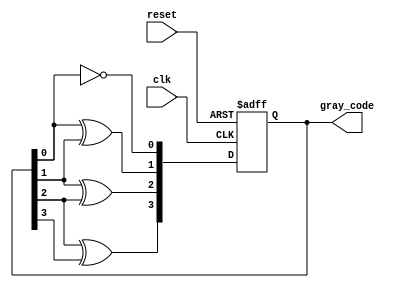
module gray_code_ring_counter(
    input wire clk,
    input wire reset,
    output reg [3:0] gray_code
);

reg [3:0] d;

always @(posedge clk or posedge reset) begin
    if (reset) begin
        d <= 4'b0000;
    end else begin
        d[0] <= ~d[0];
        d[1] <= d[0] ^ d[1];
        d[2] <= d[1] ^ d[2];
        d[3] <= d[2] ^ d[3];
    end
end

assign gray_code = d;

endmodule